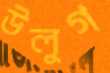
উলুগ